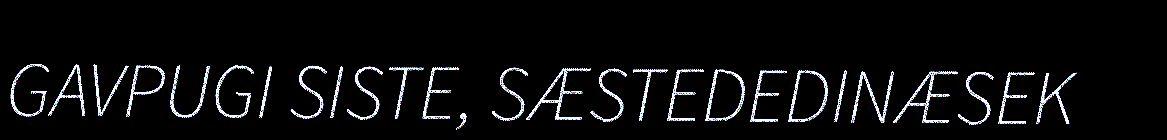
GAVPUGI SISTE, SÆSTEDEDINÆSEK